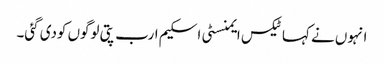
انہوں نے کہا ٹیکس ایمنسٹی اسکیم ارب پتی لوگوں کودی گئی۔